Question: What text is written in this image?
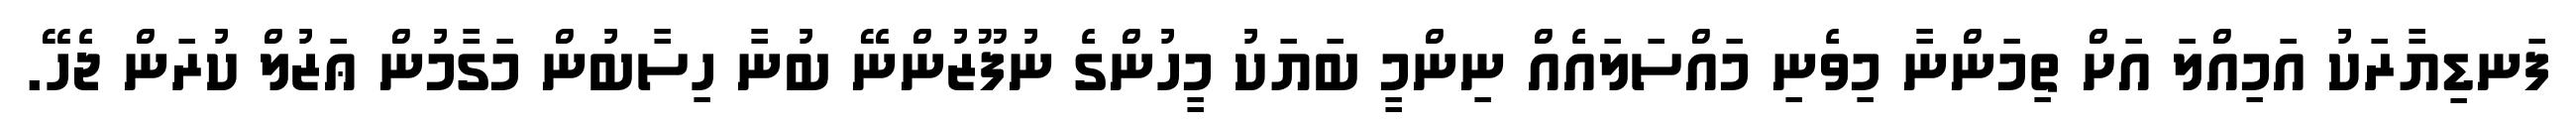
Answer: ފަނޑިޔާރަކު އަމިއްލަ އަށް ތިމަންނާ މިވެނި މައްސަލައެއް ނިންމީ ބަޔަކު މީހުންގެ ނުފޫޒުންނޭ ބުނާ ހިސާބުން މަގާމުން ޢަޒުލް ކުރަން ޖެހޭ.